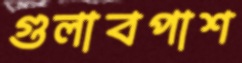
গুলাবপাশ